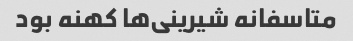
متاسفانه شیرینی‌ها کهنه بود